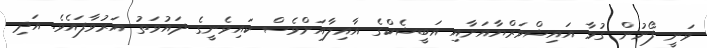
ވަނީ ފޯނުން ގުޅާ އައިޝްވަރްޔާއަށާއި އަބީޝެކްގެ އާއިލާއަށްވެސް ކައިވެނީގެ ދައުވަތު އަރުވާފައެވެ. އަދި